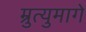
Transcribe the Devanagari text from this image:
म्रुत्युमागे